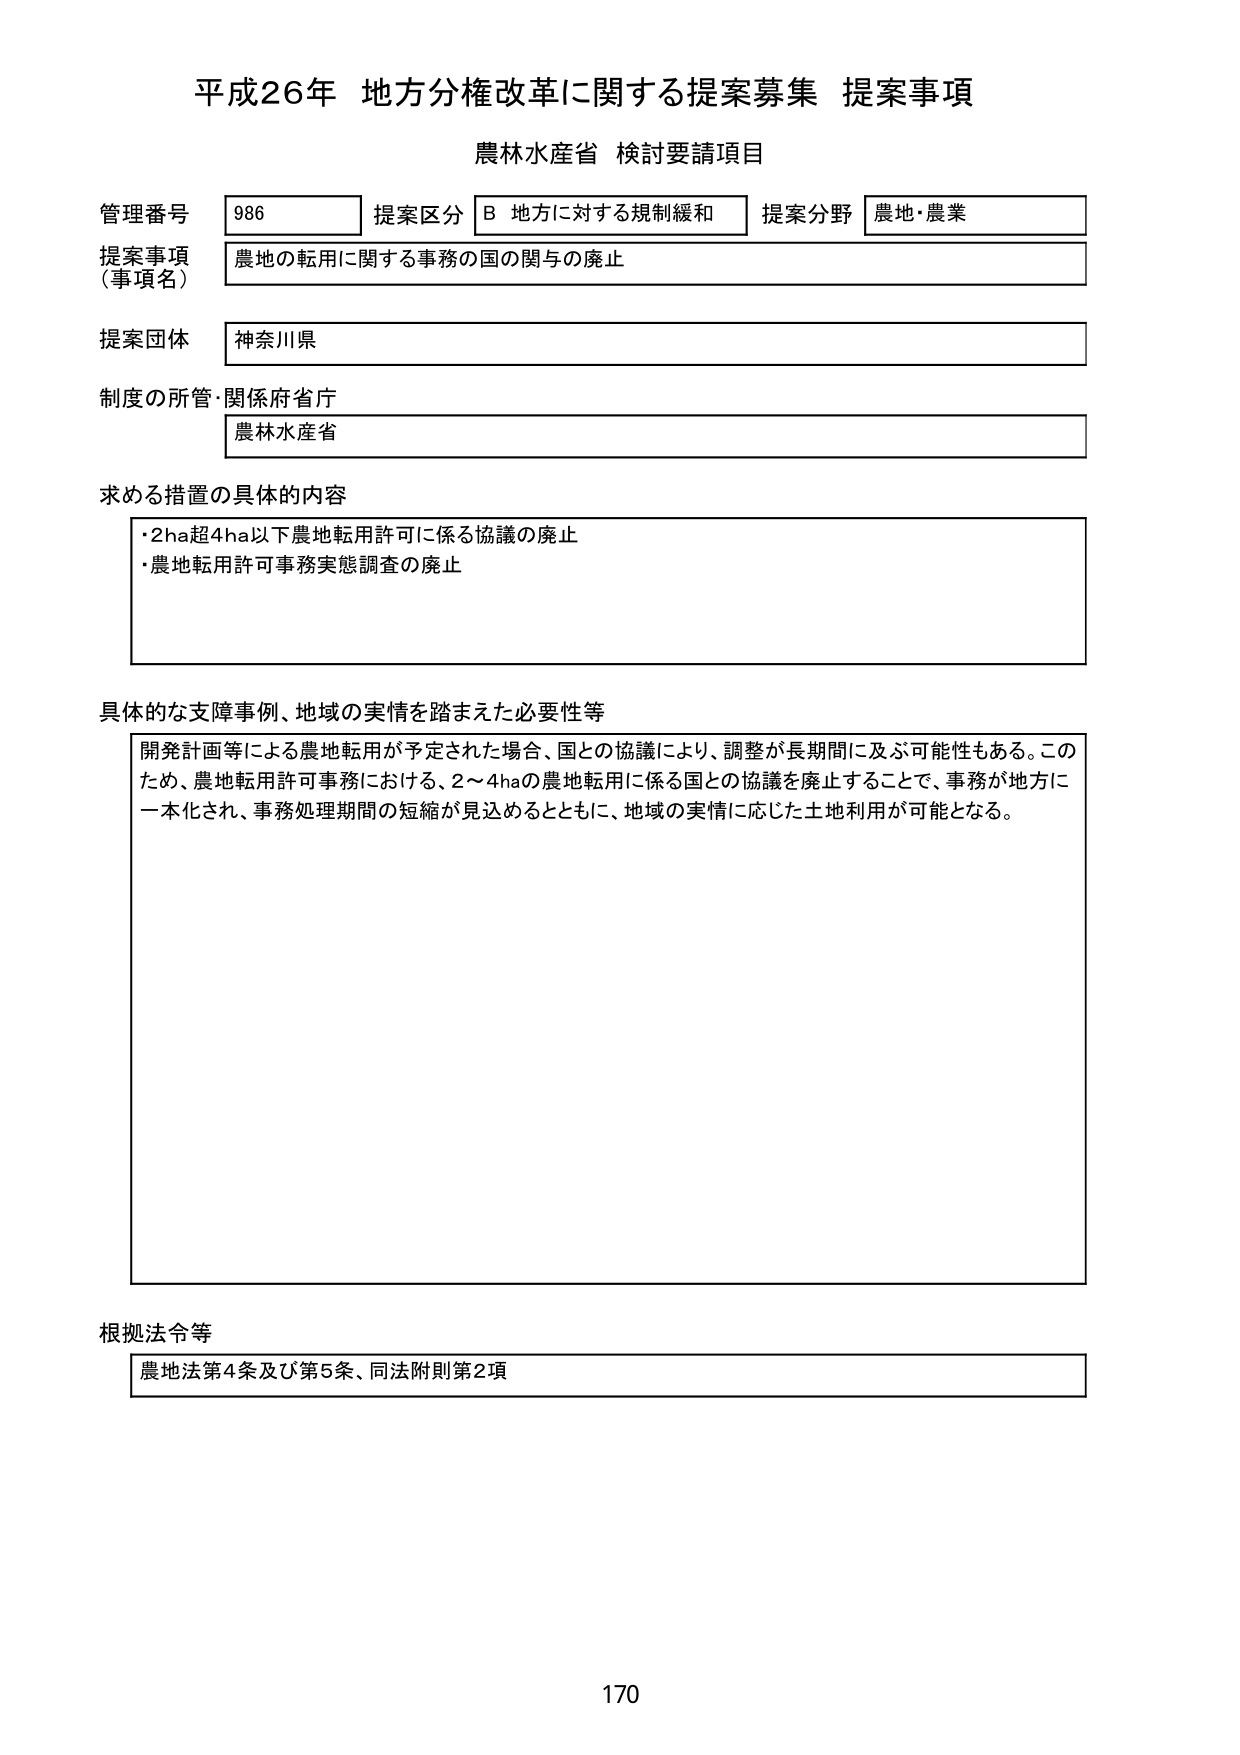
平成26年 地方分権改革に関する提案募集 提案事項
農林水産省 検討要請項目

管理番号 986 提案区分 B 地方に対する規制緩和 提案分野 農地・農業
提案事項（事項名） 農地の転用に関する事務の国の関与の廃止
提案団体 神奈川県
制度の所管・関係府省庁 農林水産省

求める措置の具体的内容
・2ha超4ha以下農地転用許可に係る協議の廃止
・農地転用許可事務実態調査の廃止

具体的な支障事例、地域の実情を踏まえた必要性等
開発計画等による農地転用が予定された場合、国との協議により、調整が長期間に及ぶ可能性もある。このため、農地転用許可事務における、2～4haの農地転用に係る国との協議を廃止することで、事務が地方に一本化され、事務処理期間の短縮が見込めるとともに、地域の実情に応じた土地利用が可能となる。

根拠法令等
農地法第4条及び第5条、同法附則第2項

170